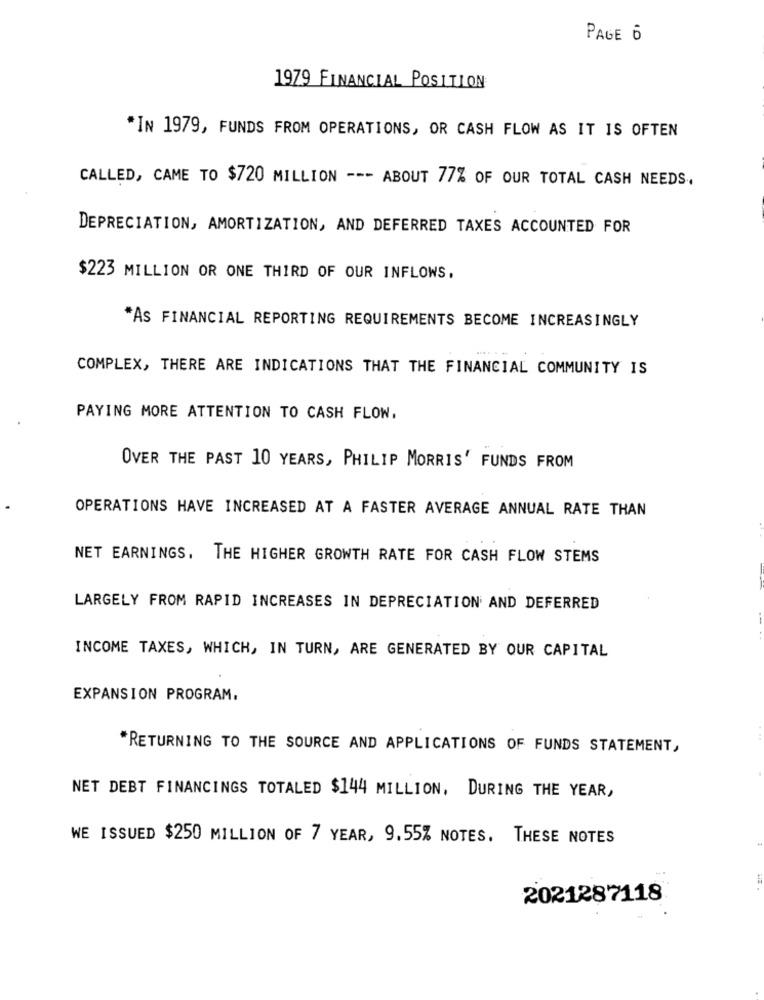
PAGE 6
1979 FINANCIAL POSITION
*IN 1979, FUNDS FROM OPERATIONS, OR CASH FLOW AS IT IS OFTEN
CALLED, CAME TO $720 MILLION --- ABOUT 77% OF OUR TOTAL CASH NEEDS.
DEPRECIATION, AMORTIZATION, AND DEFERRED TAXES ACCOUNTED FOR
$223 MILLION OR ONE THIRD OF OUR INFLOWS.
"AS FINANCIAL REPORTING REQUIREMENTS BECOME INCREASINGLY
COMPLEX, THERE ARE INDICATIONS THAT THE FINANCIAL COMMUNITY IS
PAYING MORE ATTENTION TO CASH FLOW.
OVER THE PAST 10 YEARS, PHILIP MORRIS' FUNDS FROM
OPERATIONS HAVE INCREASED AT A FASTER AVERAGE ANNUAL RATE THAN
NET EARNINGS. THE HIGHER GROWTH RATE FOR CASH FLOW STEMS
LARGELY FROM RAPID INCREASES IN DEPRECIATION AND DEFERRED
INCOME TAXES, WHICH, IN TURN, ARE GENERATED BY OUR CAPITAL
EXPANSION PROGRAM.
*RETURNING TO THE SOURCE AND APPLICATIONS OF FUNDS STATEMENT,
NET DEBT FINANCINGS TOTALED $144 MILLION, DURING THE YEAR,
WE ISSUED $250 MILLION OF 7 YEAR, 9.55% NOTES. THESE NOTES
2021287118